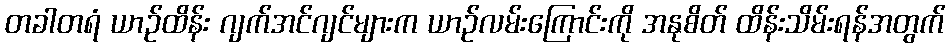
တခါတရံ ယာဉ်ထိန်း ဂျက်အင်ဂျင်များက ယာဉ်လမ်းကြောင်းကို အနုစိတ် ထိန်းသိမ်းရန်အတွက်